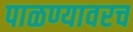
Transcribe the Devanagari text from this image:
पाळण्यावरच